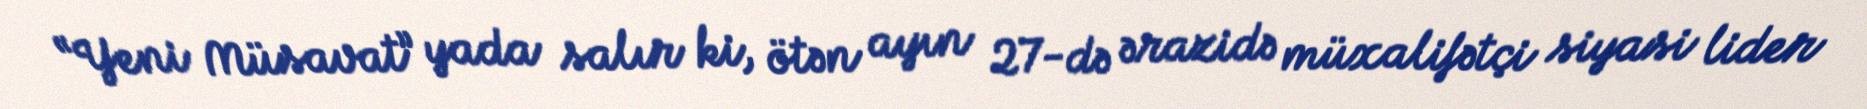
“Yeni Müsavat” yada salır ki, ötən ayın 27-də ərazidə müxalifətçi siyasi lider